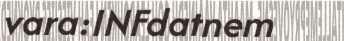
vara:INFdatnem